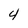
Character: 4